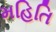
મહિતિ